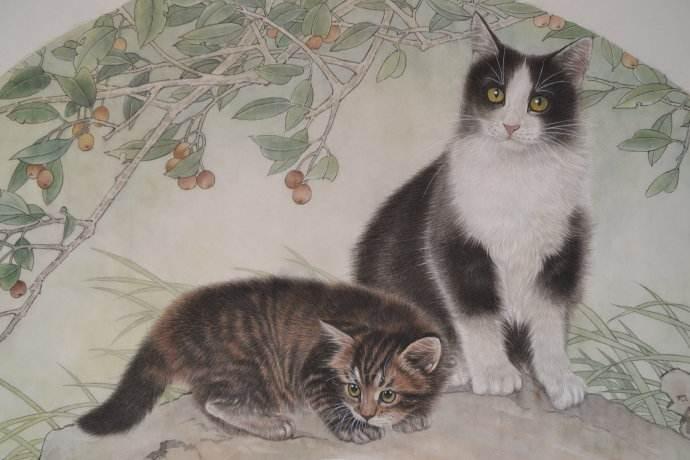
中山人予之猫，猫善捕鼠及鸡。